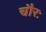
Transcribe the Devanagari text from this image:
चौरः